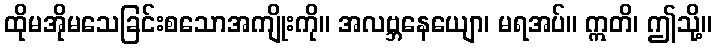
ထိုမအိုမသေခြင်းစသောအကျိုးကို။ အလဗ္ဘနေယျော၊ မရအပ်။ ဣတိ၊ ဤသို့။